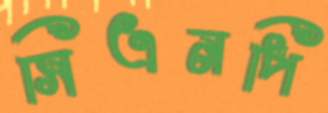
সিএনপি